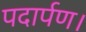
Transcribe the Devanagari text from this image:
पदार्पण।